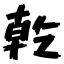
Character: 乾